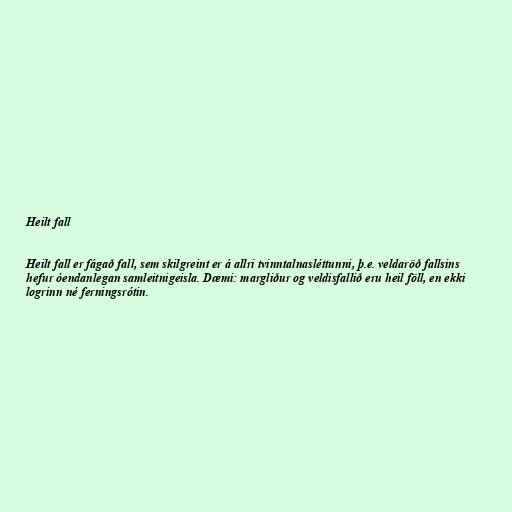
Heilt fall

Heilt fall er fágað fall, sem skilgreint er á allri tvinntalnasléttunni, þ.e. veldaröð fallsins
hefur óendanlegan samleitnigeisla. Dæmi: margliður og veldisfallið eru heil föll, en ekki
logrinn né ferningsrótin.